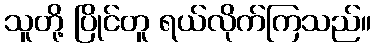
သူတို့ ပြိုင်တူ ရယ်လိုက်ကြသည်။